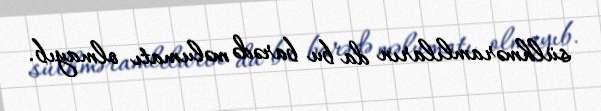
sülhməramlıların da bu barədə məlumatı olmayıb.